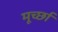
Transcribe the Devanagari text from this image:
मूर्च्‍छा